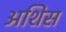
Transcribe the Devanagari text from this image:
अशिस